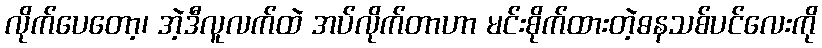
လိုက်ပေတော့၊ အဲ့ဒီလူလက်ထဲ အပ်လိုက်တာဟာ မင်းစိုက်ထားတဲ့ဓနသစ်ပင်လေးကို